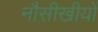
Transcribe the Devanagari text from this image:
नौसीखीयों